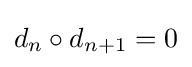
d_{n}\circ d_{n+1}=0